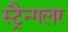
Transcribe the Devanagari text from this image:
स्ट्रैन्गलर